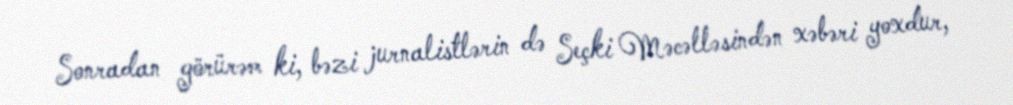
Sonradan görürəm ki, bəzi jurnalistlərin də Seçki Məcəlləsindən xəbəri yoxdur,